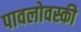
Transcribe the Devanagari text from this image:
पावलोवस्की